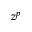
z ^ { p }